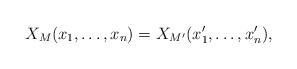
\begin{align*}X_M(x_1,\dots, x_n) = X_{M'}(x_1', \dots, x_n'),\end{align*}